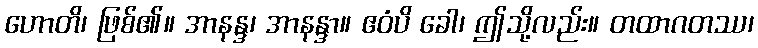
ဟောတိ၊ ဖြစ်၏။ အာနန္ဒ၊ အာနန္ဒာ။ ဧဝံပိ ခေါ၊ ဤသို့လည်း။ တထာဂတဿ၊